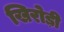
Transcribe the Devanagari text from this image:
खिरोड़ी